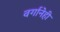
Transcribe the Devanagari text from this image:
वर्गानेही